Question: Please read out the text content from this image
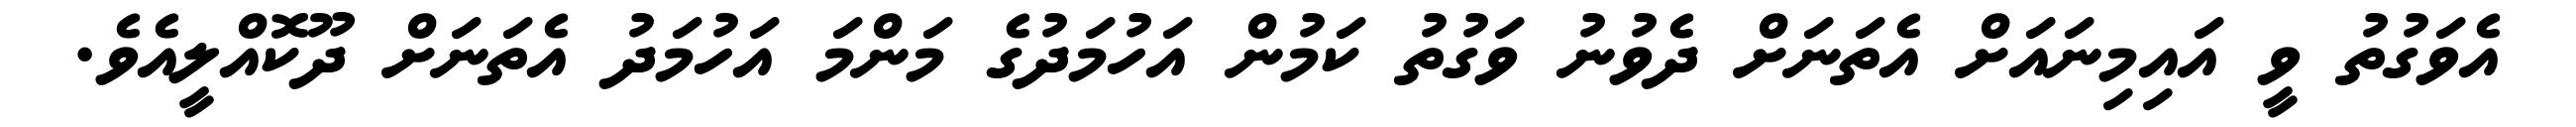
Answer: އެވަގުތު ވީ އައިމިނައަށް އެތަނަށް ދެވުނު ވަގުތު ކަމުން އަހުމަދުގެ މަންމަ އަހުމަދު އެތަނަށް ދޫކޮއްލީއެވެ.